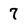
Character: 7